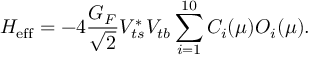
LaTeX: { \cal H } _ { \mathrm { e f f } } = - 4 \frac { G _ { F } } { \sqrt { 2 } } V _ { t s } ^ { * } V _ { t b } \sum _ { i = 1 } ^ { 1 0 } C _ { i } ( \mu ) { \cal O } _ { i } ( \mu ) .